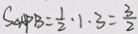
S _ { \Delta A P B } = \frac { 1 } { 2 } \cdot 1 \cdot 3 = \frac { 3 } { 2 }